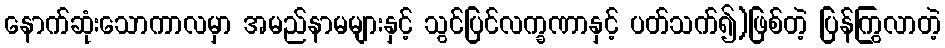
နောက်ဆုံးသောကာလမှာ အမည်နာမများနှင့် သွင်ပြင်လက္ခဏာနှင့် ပတ်သက်၍)ဖြစ်တဲ့ ပြန်ကြွလာတဲ့